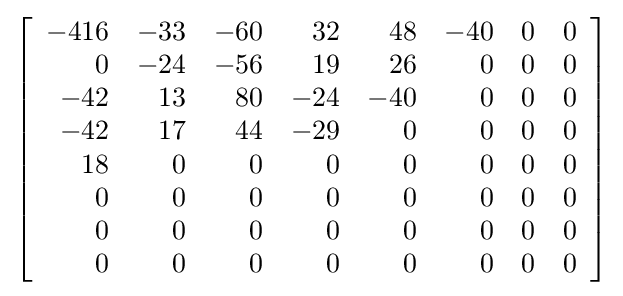
\left[{\begin{array}{rrrrrrrr}-416&-33&-60&32&48&-40&0&0\\0&-24&-56&19&26&0&0&0\\-42&13&80&-24&-40&0&0&0\\-42&17&44&-29&0&0&0&0\\18&0&0&0&0&0&0&0\\0&0&0&0&0&0&0&0\\0&0&0&0&0&0&0&0\\0&0&0&0&0&0&0&0\end{array}}\right]